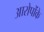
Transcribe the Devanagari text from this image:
आरोपोंके